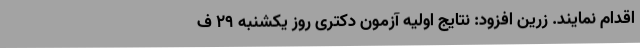
اقدام نمایند. زرین افزود: نتایج اولیه آزمون دکتری روز یکشنبه ۲۹ ف